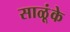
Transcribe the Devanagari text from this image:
साळूंके